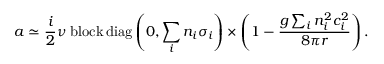
a \simeq \frac { i } { 2 } \nu \; \mathrm { b l o c k \, d i a g } \left( 0 , \sum _ { i } n _ { i } \sigma _ { i } \right) \times \left( 1 - \frac { g \sum _ { i } n _ { i } ^ { 2 } c _ { i } ^ { 2 } } { 8 \pi r } \right) .